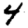
Digit: 4